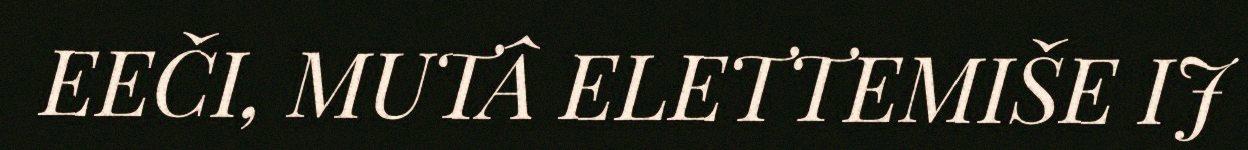
EEČI, MUTÂ ELETTEMIŠE IJ